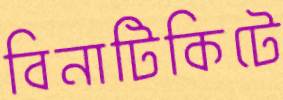
বিনাটিকিটে